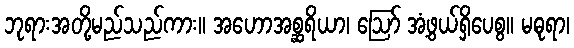
ဘုရားအတို့မည်သည်ကား။ အဟောအစ္ဆရိယာ၊ ဩော် အံ့ဖွယ်ရှိပေစွ။ မဓုရာ၊